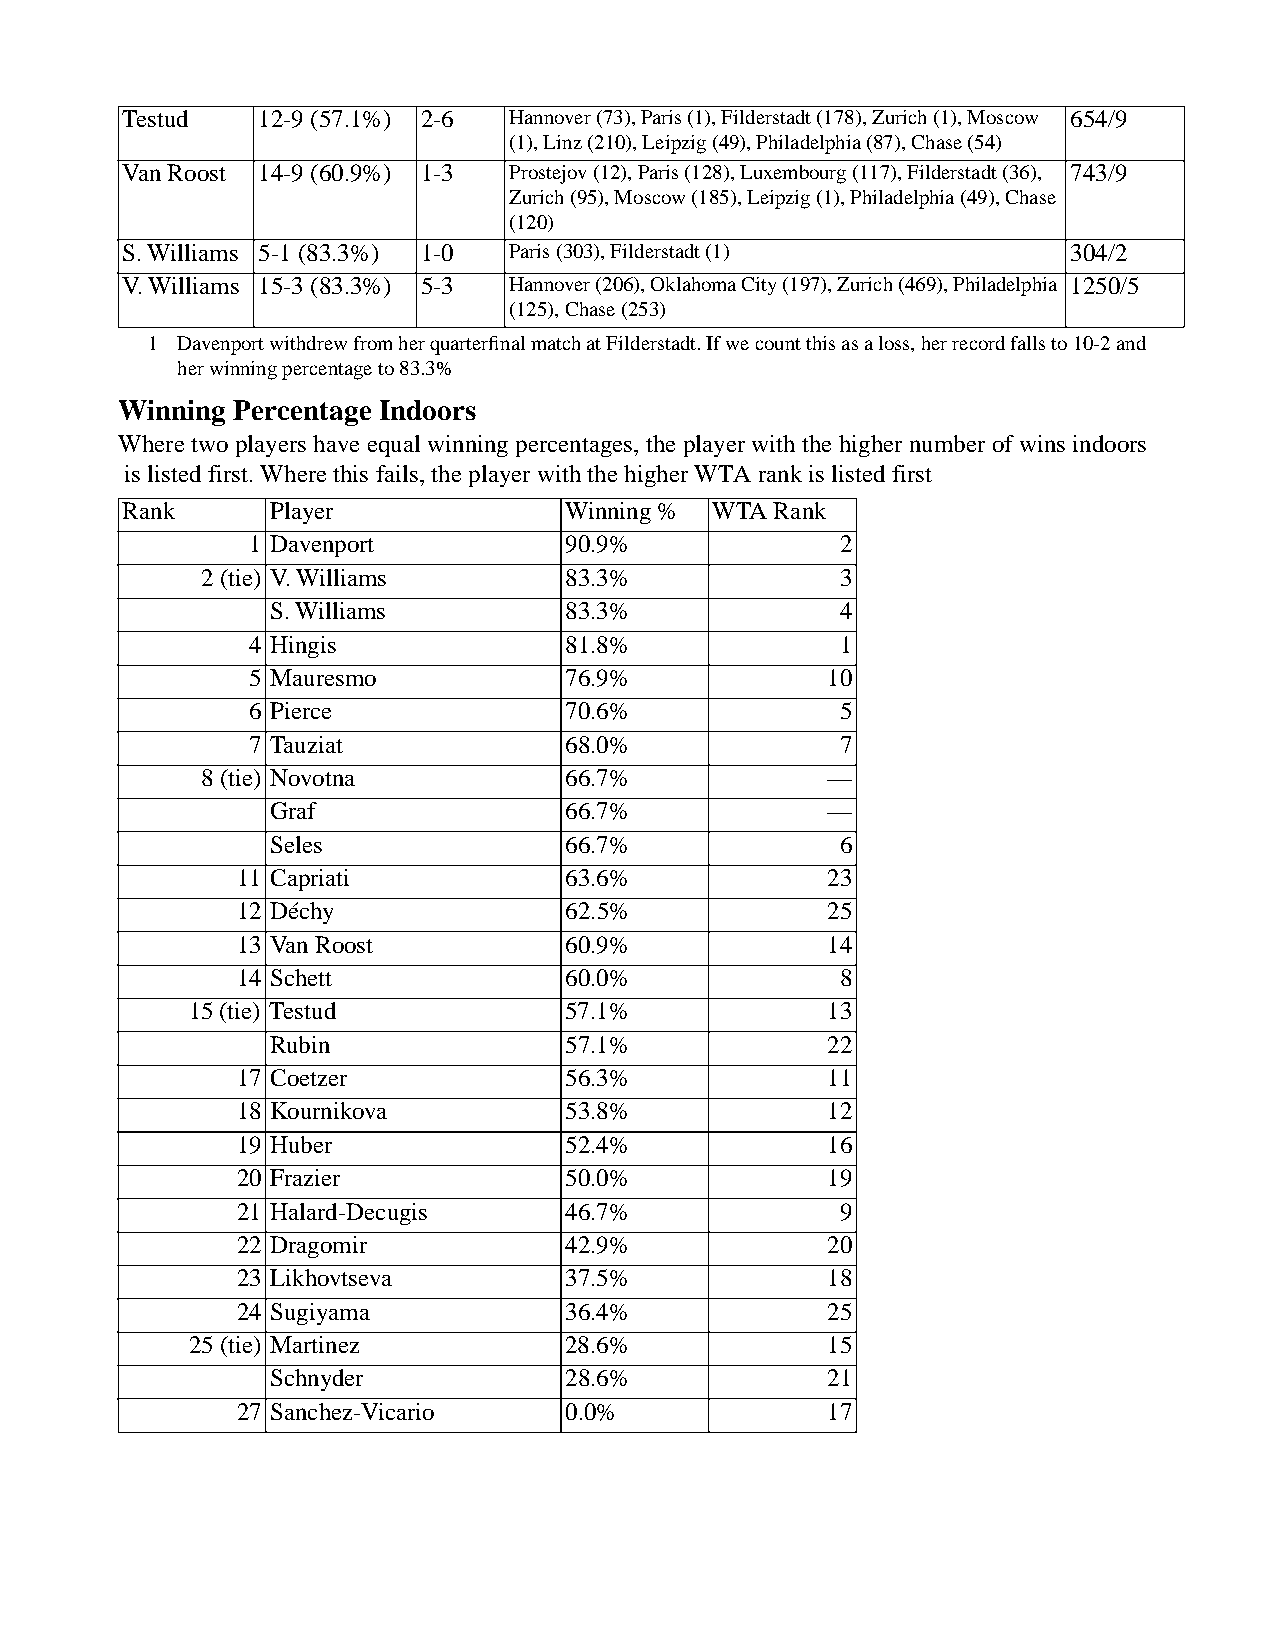
Testud   12-9 (57.1%) 2-6 Hannover (73), Paris (1), Filderstadt (178), Zurich (1), Moscow 654/9
 (1), Linz (210), Leipzig (49), Philadelphia (87), Chase (54)
 Van Roost 14-9 (60.9%) 1-3 Prostejov (12), Paris (128), Luxembourg (117), Filderstadt (36), 743/9
 Zurich (95), Moscow (185), Leipzig (1), Philadelphia (49), Chase
 (120)
 S. Williams 5-1 (83.3%) 1-0 Paris (303), Filderstadt (1)      304/2
 V. Williams 15-3 (83.3%) 5-3 Hannover (206), Oklahoma City (197), Zurich (469), Philadelphia 1250/5
 (125), Chase (253)
 1 Davenport withdrew from her quarterfinal match at Filderstadt. If we count this as a loss, her record falls to 10-2 and
 her winning percentage to 83.3%
 Winning Percentage Indoors
 Where two players have equal winning percentages, the player with the higher number of wins indoors
 is listed first. Where this fails, the player with the higher WTA rank is listed first
 Rank     Player              Winning % WTA Rank
 1 Davenport          90.9%             2
 2 (tie) V. Williams     83.3%             3
 S. Williams         83.3%             4
 4 Hingis             81.8%             1
 5 Mauresmo           76.9%            10
 6 Pierce             70.6%             5
 7 Tauziat            68.0%             7
 8 (tie) Novotna         66.7%            —
 Graf                66.7%            —
 Seles               66.7%             6
 11 Capriati           63.6%            23
 12 Déchy              62.5%            25
 13 Van Roost          60.9%            14
 14 Schett             60.0%             8
 15 (tie) Testud          57.1%            13
 Rubin               57.1%            22
 17 Coetzer            56.3%            11
 18 Kournikova         53.8%            12
 19 Huber              52.4%            16
 20 Frazier            50.0%            19
 21 Halard-Decugis     46.7%             9
 22 Dragomir           42.9%            20
 23 Likhovtseva        37.5%            18
 24 Sugiyama           36.4%            25
 25 (tie) Martinez        28.6%            15
 Schnyder            28.6%            21
 27 Sanchez-Vicario    0.0%             17